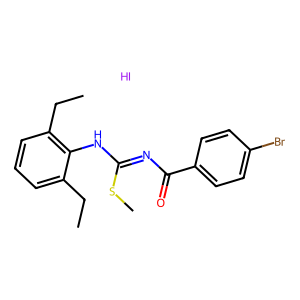
SMILES: CCc1cccc(CC)c1NC(=NC(=O)c1ccc(Br)cc1)SC.I
Inhibits HIV replication: No